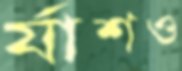
র‍্যাশও